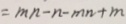
= m n - n - m n + m